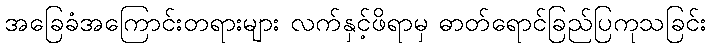
အခြေခံအကြောင်းတရားများ လက်နှင့်ဖိရာမှ ဓာတ်ရောင်ခြည်ပြကုသခြင်း